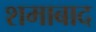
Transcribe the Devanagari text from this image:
शमाबाद